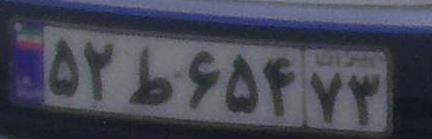
۵۲ط۶۵۴۷۳